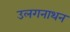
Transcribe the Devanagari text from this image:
उलगनाथन